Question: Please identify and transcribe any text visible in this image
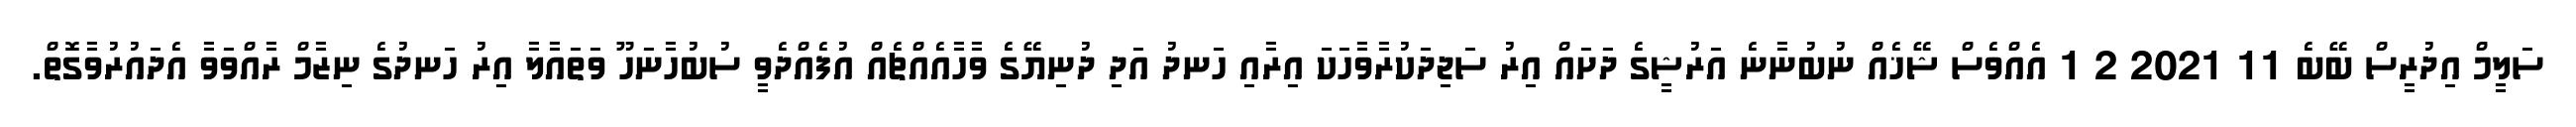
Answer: ސަލީމް އިދުރީސް ބޭބެ 11 2021 2 1 އެއްވެސް ޝޭޚެއް ނުބުނާނެ އަރުޝީގެ ދަށައް އިރު ސަޖިދަކުރާވާހަކަ އިރާއި ހަނދު އަދި ދުނިޔޭގެ ވާހާއެއްޗެއް އުފެއްދެވީ ސުބުހާނަހޫ ވަތައާލާ އިރު ހަނދުގެ ނިޒާމް ރާއްވަވާ އެދައުރުވާގޮތް.